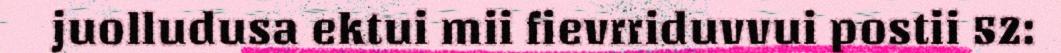
juolludusa ektui mii fievrriduvvui postii 52: